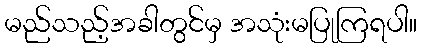
မည်သည့်အခါတွင်မှ အသုံးမပြုကြရပါ။